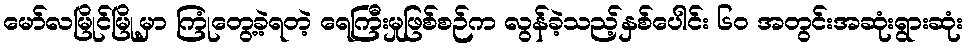
မော်လမြိုင်မြို့မှာ ကြုံတွေ့ခဲ့ရတဲ့ ရေကြီးမှုဖြစ်စဉ်က လွန်ခဲ့သည့်နှစ်ပေါင်း ၆၀ အတွင်းအဆုံးရွားဆုံး